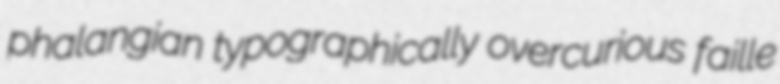
phalangian typographically overcurious faille